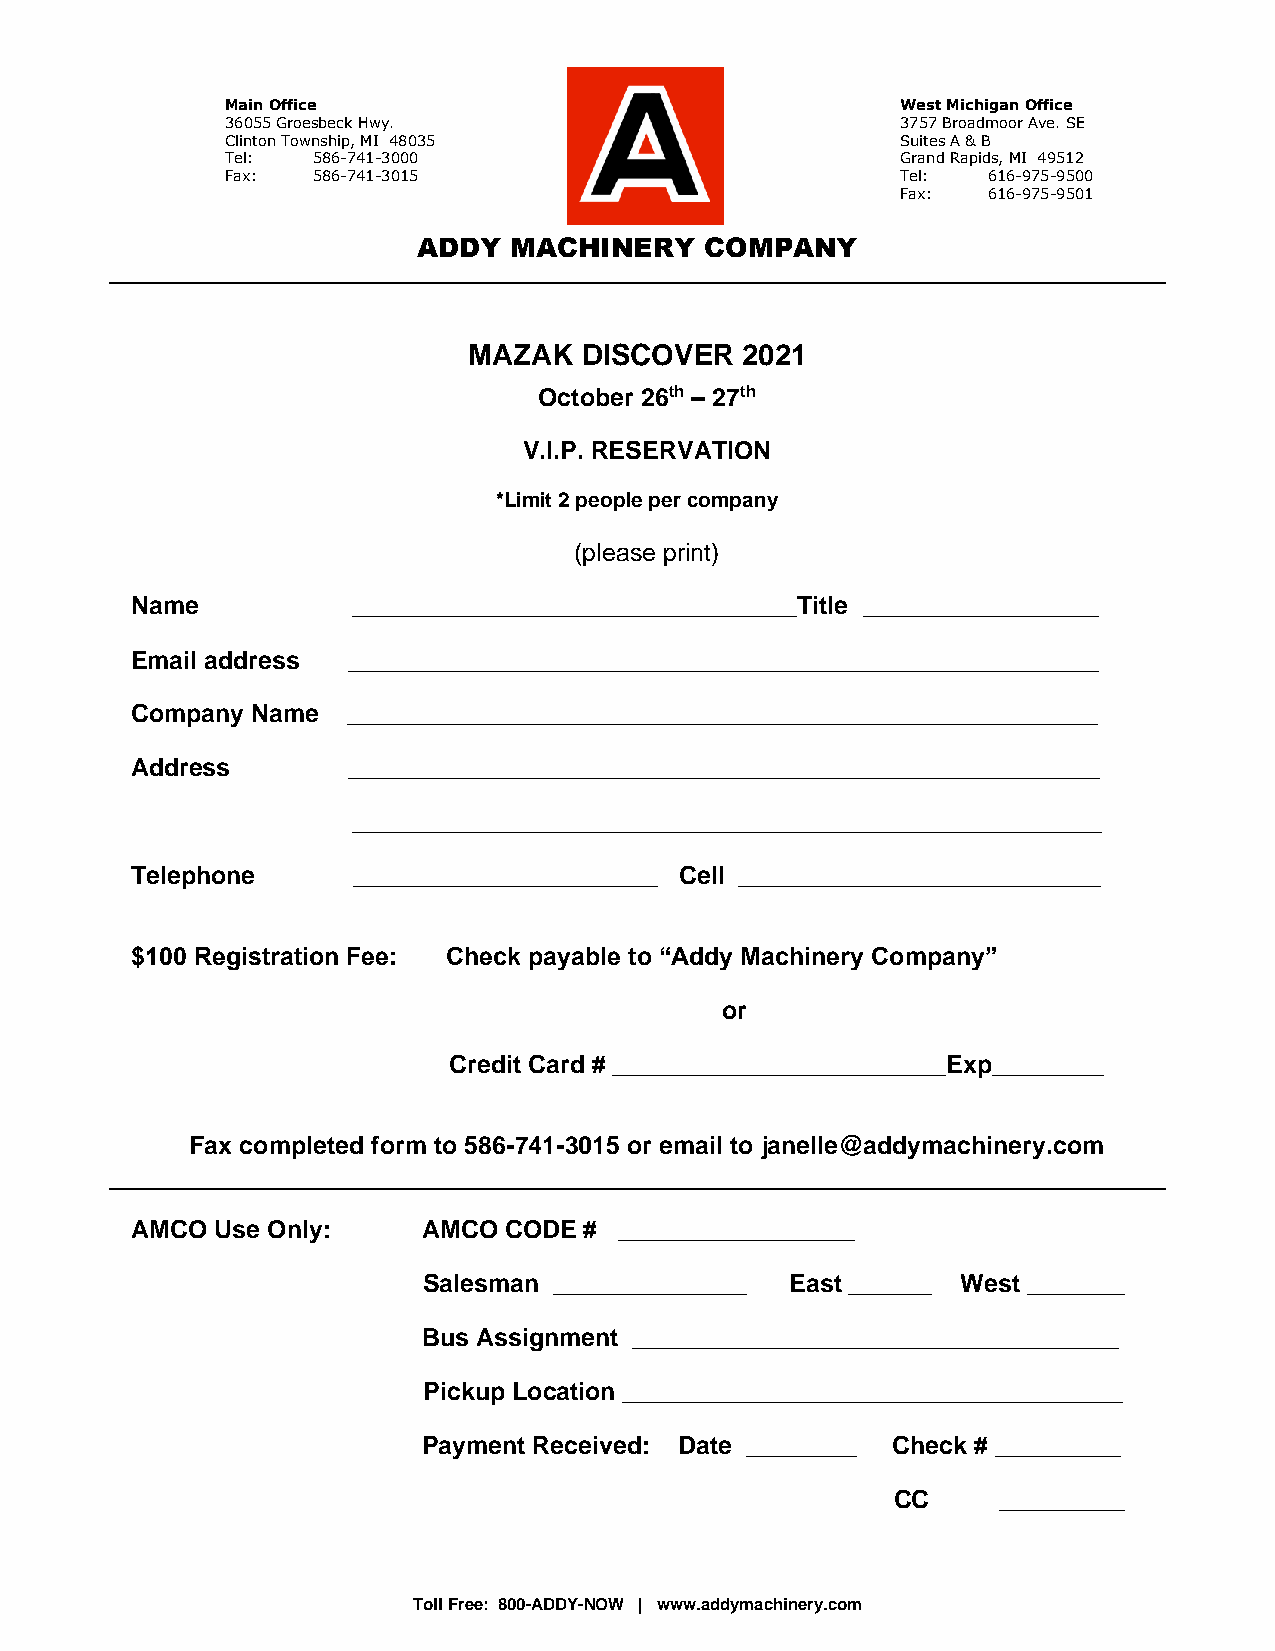
Main Office                                  West Michigan Office
 36055 Groesbeck Hwy.                         3757 Broadmoor Ave. SE
 Clinton Township, MI 48035                   Suites A & B
 Tel:  586-741-3000                           Grand Rapids, MI 49512
 Fax:  586-741-3015                           Tel: 616-975-9500
 Fax: 616-975-9501
 ADDY  MACHINERY    COMPANY
 MAZAK   DISCOVER  2021
 October 26th – 27th
 V.I.P. RESERVATION
 *Limit 2 people per company
 (please print)
 Name          ________________________________Title _________________
 Email address ______________________________________________________
 Company Name  ______________________________________________________
 Address       ______________________________________________________
 ______________________________________________________
 Telephone     ______________________ Cell __________________________
 $100 Registration Fee: Check payable to “Addy Machinery Company”
 or
 Credit Card # ________________________Exp________
 Fax completed form to 586-741-3015 or email to janelle@addymachinery.com
 AMCO Use Only:     AMCO CODE  # _________________
 Salesman ______________ East ______ West _______
 Bus Assignment ___________________________________
 Pickup Location ____________________________________
 Payment Received: Date ________ Check # _________
 CC     _________
 Toll Free: 800-ADDY-NOW | www.addymachinery.com